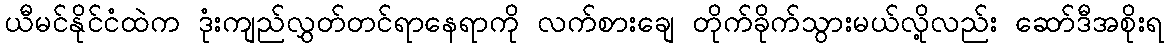
ယီမင်နိုင်ငံထဲက ဒုံးကျည်လွှတ်တင်ရာနေရာကို လက်စားချေ တိုက်ခိုက်သွားမယ်လို့လည်း ဆော်ဒီအစိုးရ